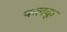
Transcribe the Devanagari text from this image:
फलकू